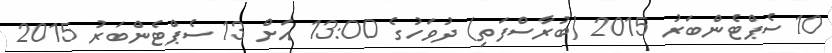
10 ސެޕްޓެންބަރު 2015 (ބުރާސްފަތި) ދުވަހުގެ 13:00 އަށް 13 ސެޕްޓެންބަރު 2015